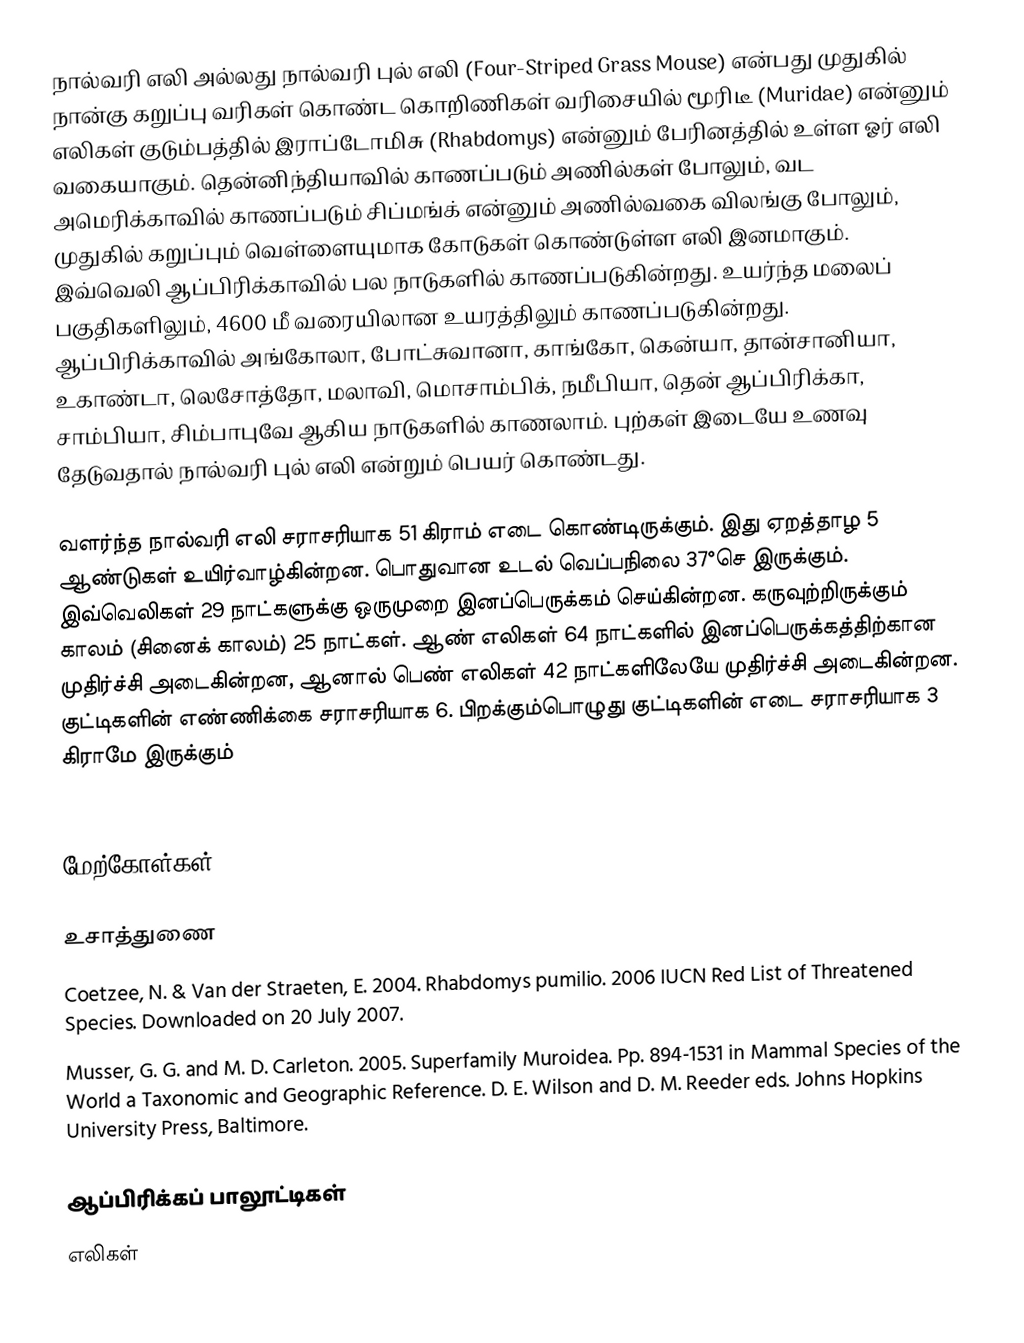
நால்வரி எலி அல்லது நால்வரி புல் எலி (Four-Striped Grass Mouse) என்பது முதுகில் நான்கு கறுப்பு வரிகள் கொண்ட கொறிணிகள் வரிசையில் மூரிடீ (Muridae) என்னும் எலிகள் குடும்பத்தில் இராப்டோமிசு (Rhabdomys) என்னும் பேரினத்தில் உள்ள ஓர் எலி வகையாகும். தென்னிந்தியாவில் காணப்படும் அணில்கள் போலும், வட அமெரிக்காவில் காணப்படும் சிப்மங்க் என்னும் அணில்வகை விலங்கு போலும், முதுகில் கறுப்பும் வெள்ளையுமாக கோடுகள் கொண்டுள்ள எலி இனமாகும். இவ்வெலி ஆப்பிரிக்காவில் பல நாடுகளில் காணப்படுகின்றது. உயர்ந்த மலைப் பகுதிகளிலும், 4600 மீ வரையிலான உயரத்திலும் காணப்படுகின்றது. ஆப்பிரிக்காவில் அங்கோலா, போட்சுவானா, காங்கோ, கென்யா, தான்சானியா, உகாண்டா, லெசோத்தோ, மலாவி, மொசாம்பிக், நமீபியா, தென் ஆப்பிரிக்கா, சாம்பியா, சிம்பாபுவே ஆகிய நாடுகளில் காணலாம். புற்கள் இடையே உணவு தேடுவதால் நால்வரி புல் எலி என்றும் பெயர் கொண்டது.

வளர்ந்த நால்வரி எலி சராசரியாக 51 கிராம் எடை கொண்டிருக்கும். இது ஏறத்தாழ 5 ஆண்டுகள் உயிர்வாழ்கின்றன. பொதுவான உடல் வெப்பநிலை 37°செ இருக்கும். இவ்வெலிகள் 29 நாட்களுக்கு ஒருமுறை இனப்பெருக்கம் செய்கின்றன. கருவுற்றிருக்கும் காலம் (சினைக் காலம்) 25 நாட்கள். ஆண் எலிகள் 64 நாட்களில் இனப்பெருக்கத்திற்கான முதிர்ச்சி அடைகின்றன, ஆனால் பெண் எலிகள் 42 நாட்களிலேயே முதிர்ச்சி அடைகின்றன. குட்டிகளின் எண்ணிக்கை சராசரியாக 6. பிறக்கும்பொழுது குட்டிகளின் எடை சராசரியாக 3 கிராமே இருக்கும்
.

மேற்கோள்கள்

உசாத்துணை
 Coetzee, N. & Van der Straeten, E. 2004.  Rhabdomys pumilio.   2006 IUCN Red List of Threatened Species.   Downloaded on 20 July 2007.
Musser, G. G. and M. D. Carleton. 2005. Superfamily Muroidea. Pp. 894-1531 in Mammal Species of the World a Taxonomic and Geographic Reference. D. E. Wilson and D. M. Reeder eds. Johns Hopkins University Press, Baltimore.

ஆப்பிரிக்கப் பாலூட்டிகள்
எலிகள்